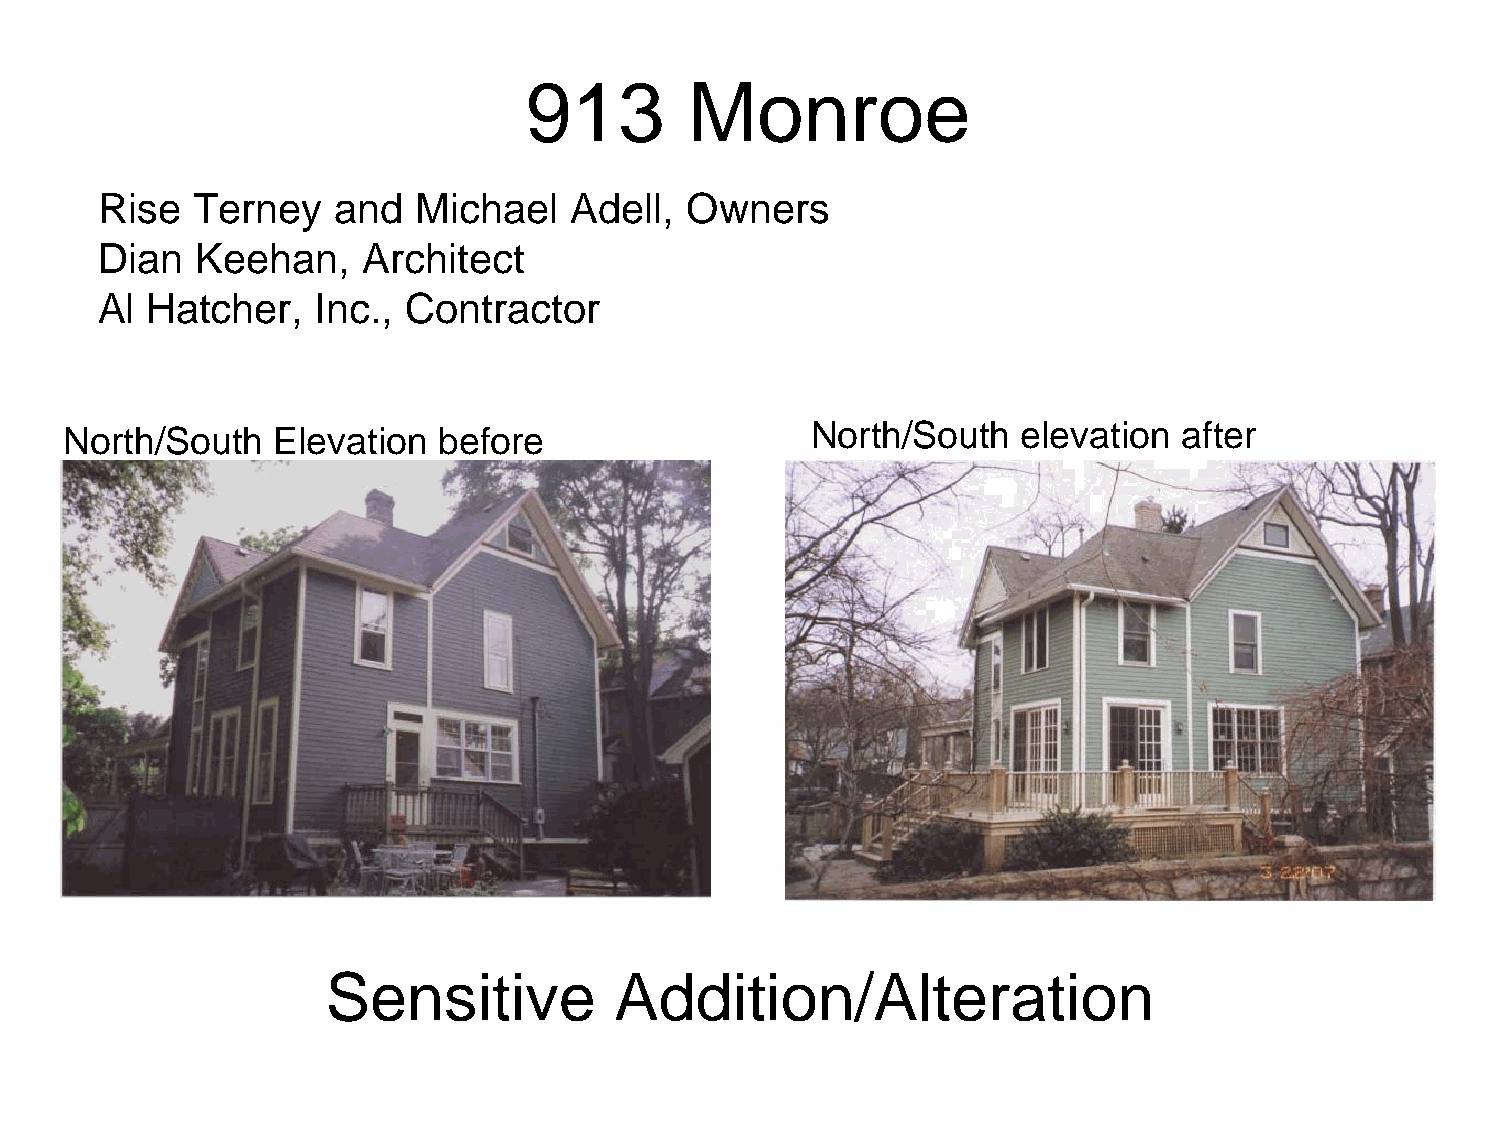
913        Monroe
 Rise  Terney   and   Michael   Adell,  Owners
 Dian  Keehan,    Architect
 Al Hatcher,   Inc., Contractor
 North/South   elevation after
 North/South   Elevation  before
 Sensitive          Addition/Alteration